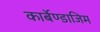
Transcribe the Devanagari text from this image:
कार्बेण्डाजिम